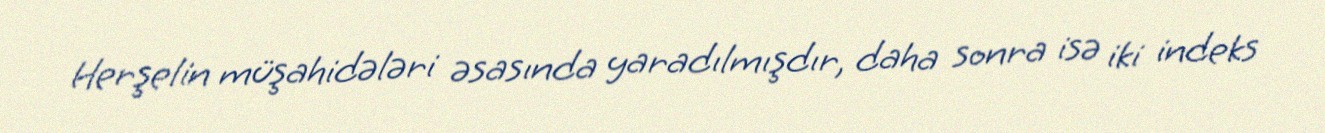
Herşelin müşahidələri əsasında yaradılmışdır, daha sonra isə iki indeks